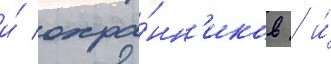
и́ охра́нн'иков / и́